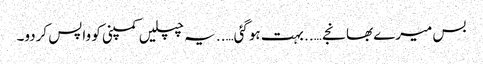
بس میرے بھانجے ….. بہت ہوگئی….. یہ چپلیں کمپنی کو واپس کردو۔